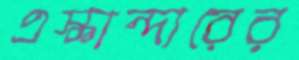
এস্কান্দারের